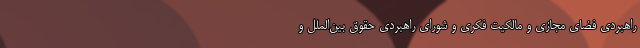
راهبردی فضای مجازی و مالکیت فکری و شورای راهبردی حقوق بین‌الملل و